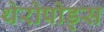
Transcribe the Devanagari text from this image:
थेरोपोड्स